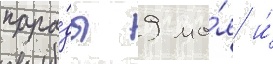
пара́ды 9 ма́я и́